Indian journal of veterinary science and animal husbandry - Volume 11,
Year: 1941
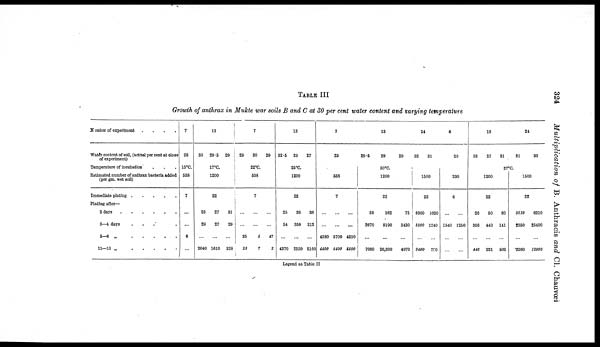
324
Multiplication of B. Anthracis and CI. Chauvœi
TABLE III
Growth of anthrax in Mukte war soils B and C at 30 per cent water content and varying temperature
Number of experiment
.
.
.
.
Water content of soil, (actual per cent at close
of experiment)
Temperature of incubation . . .
Estimated number of anthrax bacteria added
(per gm. wet soil)
Immediate plating
.
.
.
.
.
Plating after—
2 days
.
.
.
.
.
.
3—4 days . . . . .
5-6
„
.
.
.
.
.
11—13 „
.
.
.
.
.
7
28
15°C.
538
7
...
...
6
...
13
30
29.5
29
17°C.
1200
22
25
29
...
2040
27
27
...
1610
31
29
...
328
7
29
30
29
22°C.
538
7
...
...
35
23
...
...
5
7
...
...
47
2
13
32.5
29
27
25°C.
1200
22
25
54
...
4370
38
359
...
2550
38
212
...
5160
7
29
538
7
...
...
4380
4400
...
...
5700
5400
...
...
4310
5500
13
28.5
29
29
30°C.
1200
22
58
2670
...
7000
162
8190
...
20,300
75
3430
...
4970
24
32
31
1500
22
8300
8800
...
9400
1020
1240
...
750
6
29
230
6
...
2540
...
...
...
1250
...
...
13
33
27
31
24
31
30
37°C.
1200
22
26
356
...
446
50
440
...
221
80
141
...
502
1500
22
5610
2350
...
2260
6210
25400
...
12000
Legend as Table II